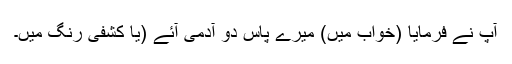
آپؐ نے فرمایا (خواب میں) میرے پاس دو آدمی آئے (یا کشفی رنگ میں۔